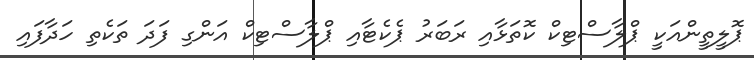
ޕޮލީތީންއަކީ ޕްލާސްޓިކް ކޮތަޅާއި ރަބަރު ޕެކެޓާއި ޕްލާސްޓިކް އަންގި ފަދަ ތަކެތި ހަދާފައި